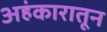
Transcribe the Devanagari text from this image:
अहंकारातून